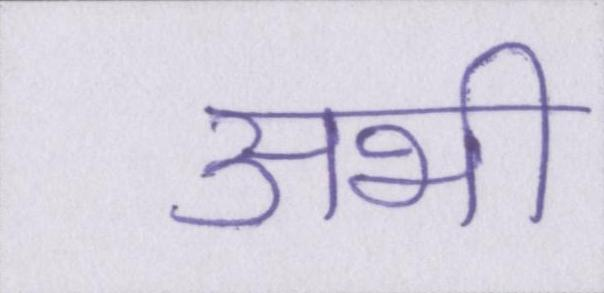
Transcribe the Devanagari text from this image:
अभी